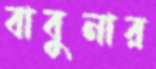
বাবুনার